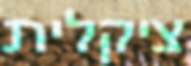
ציקלית